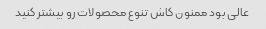
عالی بود ممنون کاش تنوع محصولات رو بیشتر کنید